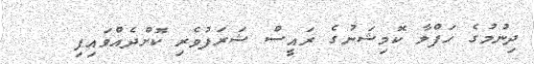
ދިނުމުގެ ހަފްލާ ކޮމިޝަނުގެ ރައީސް ޝަރަފުވެރި ކޮށްދެއްވައިފި